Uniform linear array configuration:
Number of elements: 8
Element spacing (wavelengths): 1
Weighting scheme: hamming
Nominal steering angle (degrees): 30
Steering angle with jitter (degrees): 29.606
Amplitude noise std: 0.05
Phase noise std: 0.05

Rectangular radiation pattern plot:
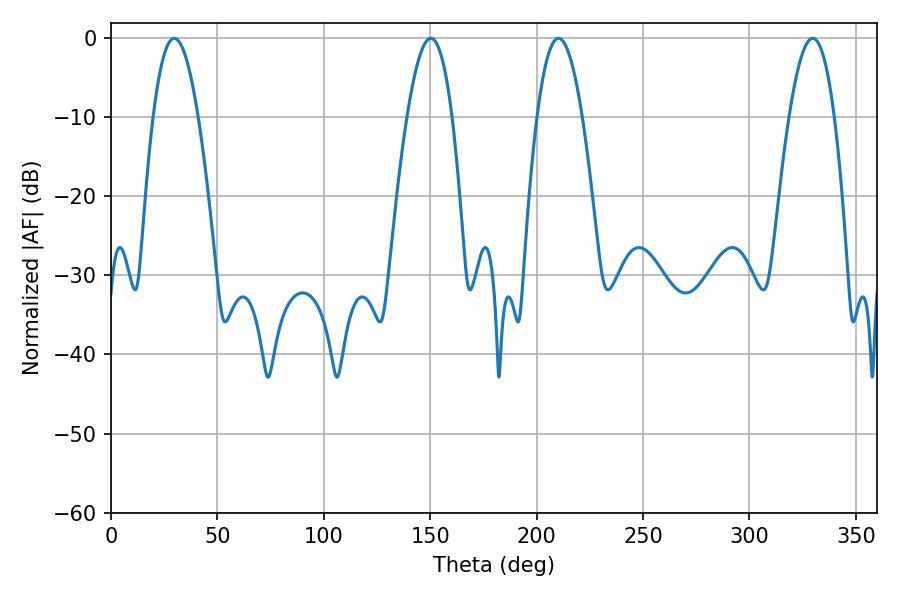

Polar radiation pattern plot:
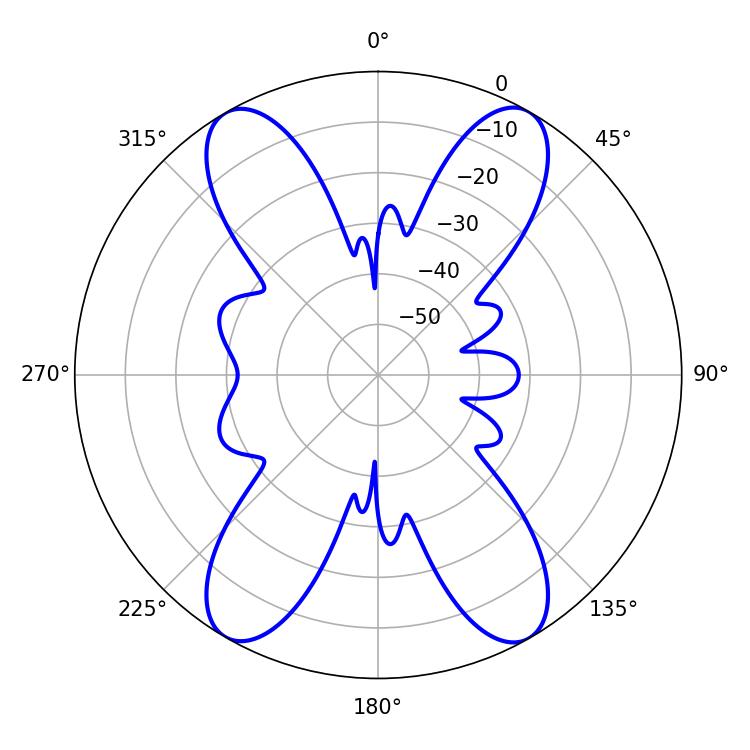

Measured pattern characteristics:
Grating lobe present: TRUE
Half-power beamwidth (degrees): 11.52
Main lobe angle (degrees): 29.7